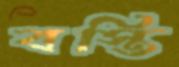
বস্তি